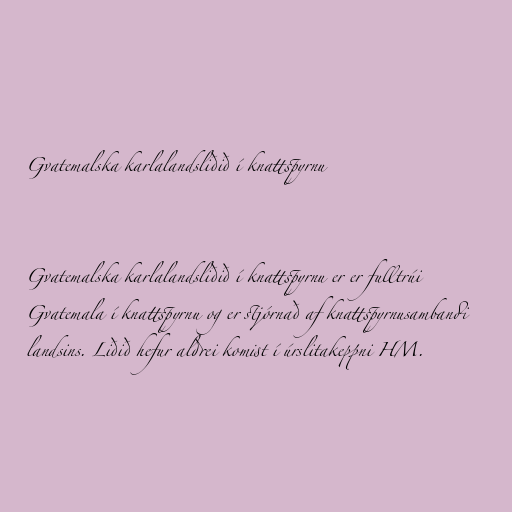
Gvatemalska karlalandsliðið í knattspyrnu

Gvatemalska karlalandsliðið í knattspyrnu er er fulltrúi
Gvatemala í knattspyrnu og er stjórnað af knattspyrnusambandi
landsins. Liðið hefur aldrei komist í úrslitakeppni HM.